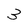
Character: 3